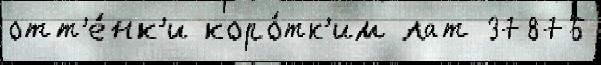
отт'е́нк'и коро́тк'им лат 37876